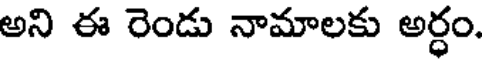
అని ఈ రెండు నామాలకు అర్ధం.